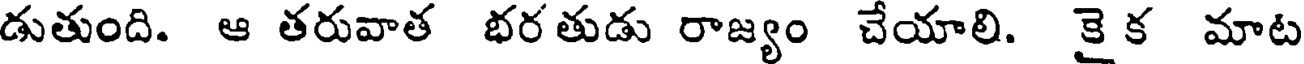
డుతుంది. ఆ తరువాత భరతుడు రాజ్యం చేయాలి. కైక మాట